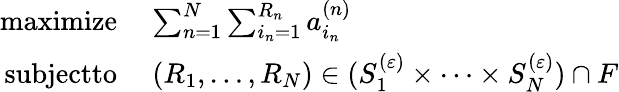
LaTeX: \begin{array}{rl}{\textnormal{maximize~~}}&{\sum_{n=1}^{N}\sum_{i_{n}=1}^{R_{n}}a_{i_{n}}^{(n)}}\\ {\textnormal{subjectto~~}}&{(R_{1},\ldots,R_{N})\in(S_{1}^{(\varepsilon)}\times\dots\times S_{N}^{(\varepsilon)})\cap F}\end{array}